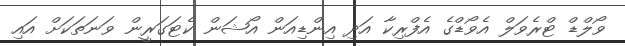
ވޯލްޑް ޓްރެވަލް އެވޯޑްގެ އެފްރިކާ އަދި އިންޑިއަން އޯޝަން ކެޓަގަރީން ވަނަތަކަށް އައި